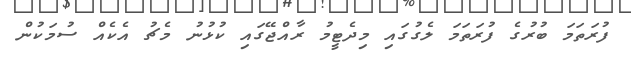
ފުރަތަމަ ބުރުގެ ފުރަތަމަ ލެގުގައި މިދެޓީމު ރާއްޖޭގައި ކުޅުނު މެޗު އެކެއް ސުމަކުން